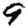
Digit: 9